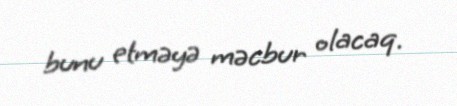
bunu etməyə məcbur olacaq.